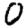
Digit: 0